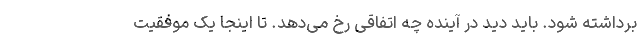
برداشته شود. باید دید در آینده چه اتفاقی رخ می‌دهد. تا اینجا یک موفقیت